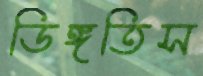
ডিঙ্গতিস